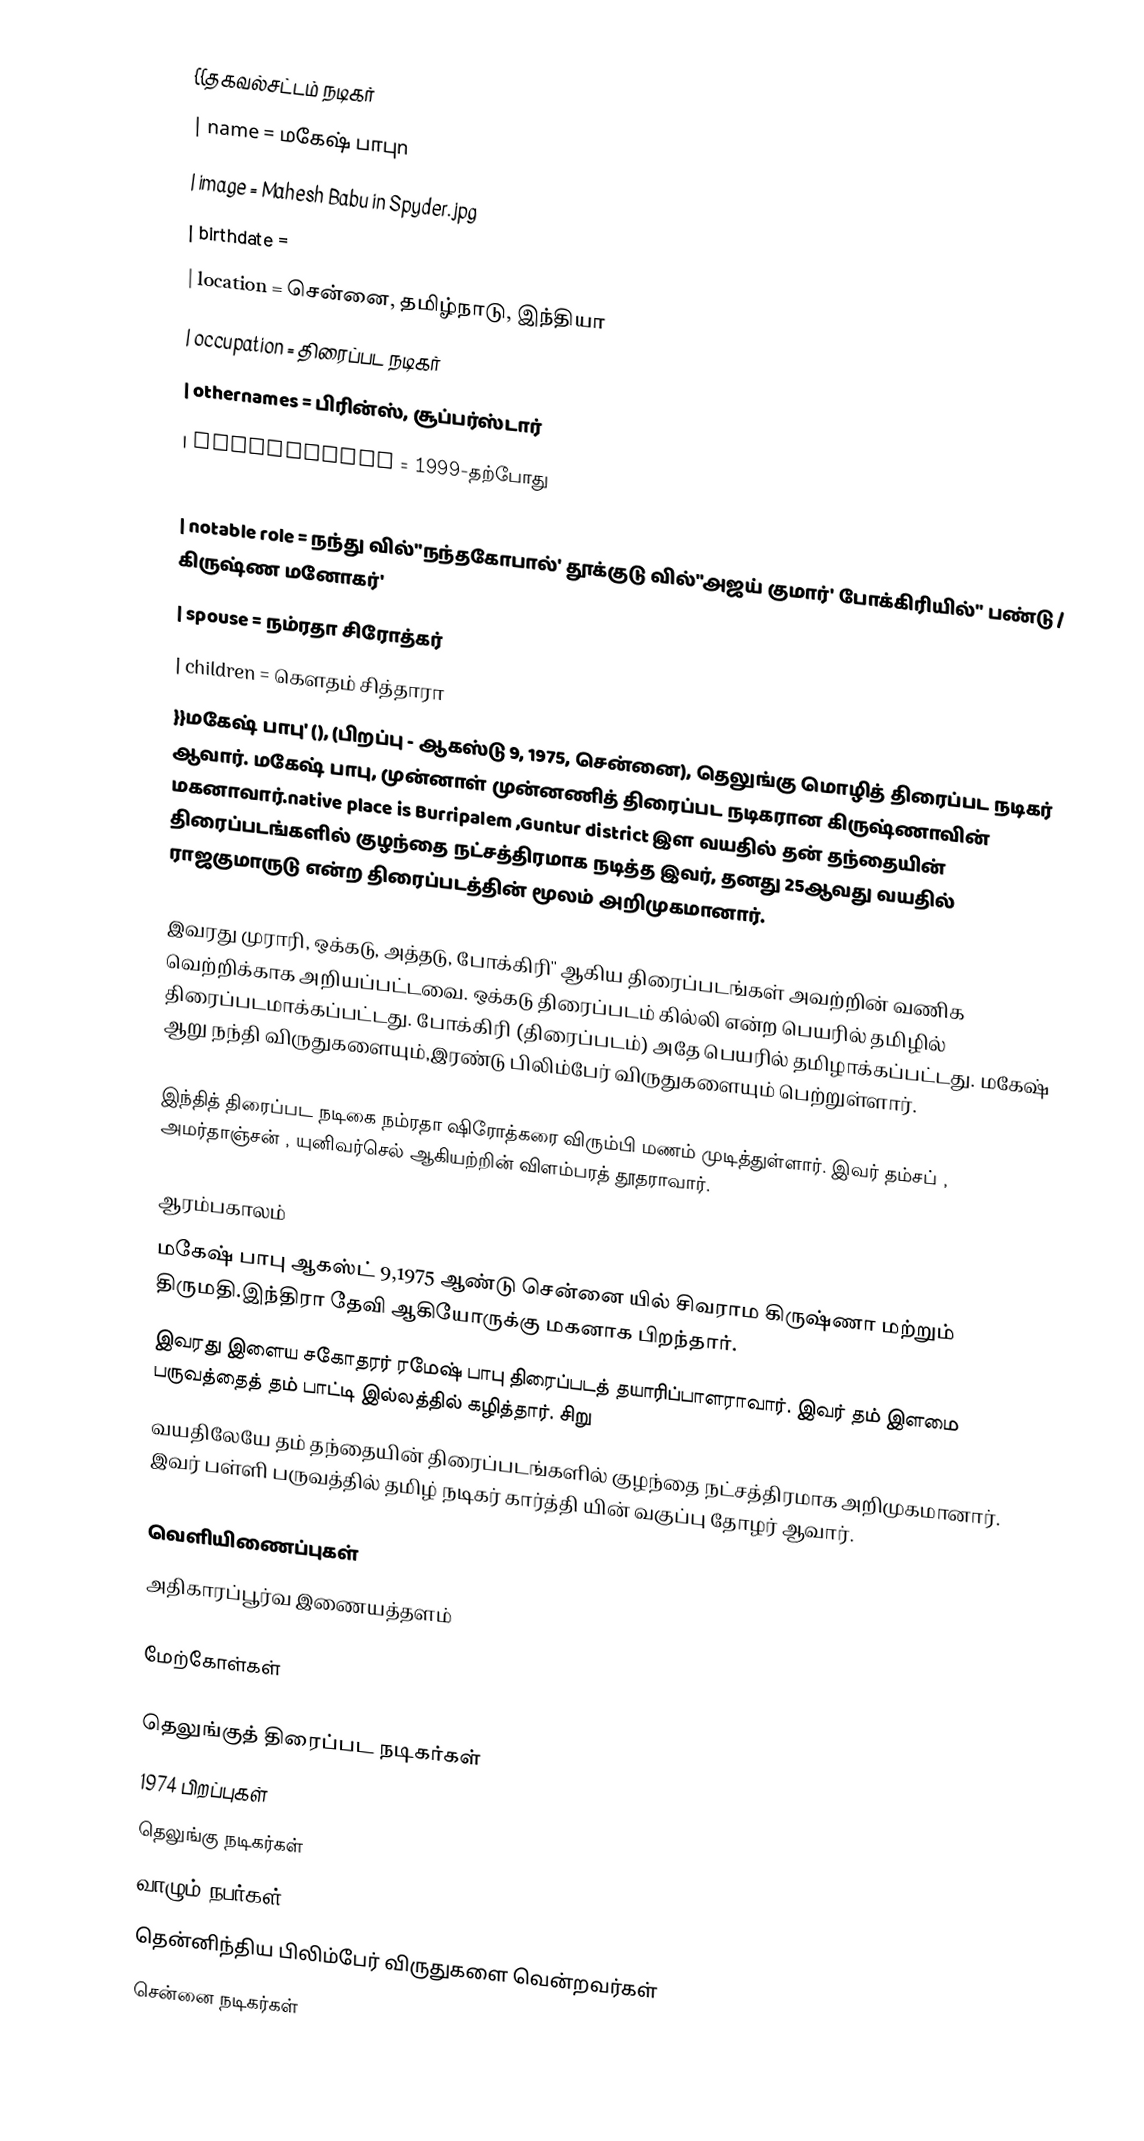
{{தகவல்சட்டம் நடிகர்
| name          = மகேஷ் பாபுn
| image         = Mahesh Babu in Spyder.jpg
| birthdate     =
| location      = சென்னை, தமிழ்நாடு, இந்தியா
| occupation    = திரைப்பட நடிகர்
| othernames    = பிரின்ஸ், சூப்பர்ஸ்டார்
| yearsactive   = 1999-தற்போது
| homepage      =
| notable role  = நந்து வில்''நந்தகோபால்' தூக்குடு வில்''அஜய் குமார்' போக்கிரியில்'' பண்டு / கிருஷ்ண மனோகர்'
| spouse        = நம்ரதா  சிரோத்கர்
| children      = கௌதம் சித்தாரா
}}மகேஷ் பாபு' (), (பிறப்பு - ஆகஸ்டு 9, 1975, சென்னை), தெலுங்கு மொழித் திரைப்பட நடிகர் ஆவார்.  மகேஷ் பாபு, முன்னாள் முன்னணித் திரைப்பட நடிகரான கிருஷ்ணாவின் மகனாவார்.native place is Burripalem ,Guntur district  இள வயதில் தன் தந்தையின் திரைப்படங்களில் குழந்தை நட்சத்திரமாக நடித்த இவர், தனது 25ஆவது வயதில் ராஜகுமாருடு என்ற திரைப்படத்தின் மூலம் அறிமுகமானார்.

இவரது முராரி, ஒக்கடு, அத்தடு, போக்கிரி'' ஆகிய திரைப்படங்கள் அவற்றின் வணிக வெற்றிக்காக அறியப்பட்டவை. ஒக்கடு திரைப்படம் கில்லி என்ற பெயரில் தமிழில் திரைப்படமாக்கப்பட்டது. போக்கிரி (திரைப்படம்) அதே பெயரில் தமிழாக்கப்பட்டது. மகேஷ்  ஆறு நந்தி விருதுகளையும்,இரண்டு பிலிம்பேர் விருதுகளையும் பெற்றுள்ளார்.

இந்தித் திரைப்பட நடிகை நம்ரதா ஷிரோத்கரை விரும்பி மணம் முடித்துள்ளார். இவர் தம்சப் , அமர்தாஞ்சன் , யுனிவர்செல் ஆகியற்றின் விளம்பரத் தூதராவார்.

ஆரம்பகாலம்
மகேஷ் பாபு ஆகஸ்ட் 9,1975 ஆண்டு சென்னை யில் சிவராம கிருஷ்ணா மற்றும் திருமதி.இந்திரா தேவி ஆகியோருக்கு மகனாக பிறந்தார்.
இவரது இளைய சகோதரர் ரமேஷ் பாபு திரைப்படத் தயாரிப்பாளராவார். இவர் தம் இளமை பருவத்தைத் தம் பாட்டி இல்லத்தில் கழித்தார். சிறு
வயதிலேயே தம் தந்தையின் திரைப்படங்களில் குழந்தை நட்சத்திரமாக அறிமுகமானார். இவர் பள்ளி பருவத்தில் தமிழ் நடிகர் கார்த்தி யின் வகுப்பு தோழர் ஆவார்.

வெளியிணைப்புகள்
அதிகாரப்பூர்வ இணையத்தளம்

மேற்கோள்கள்

தெலுங்குத் திரைப்பட நடிகர்கள்
1974 பிறப்புகள்
தெலுங்கு நடிகர்கள்
வாழும் நபர்கள்
தென்னிந்திய பிலிம்பேர் விருதுகளை வென்றவர்கள்
சென்னை நடிகர்கள்